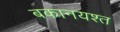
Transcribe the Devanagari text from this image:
बकानयश्त